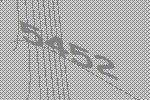
5452